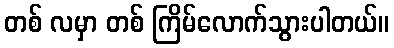
တစ် လမှာ တစ် ကြိမ်လောက်သွားပါတယ်။